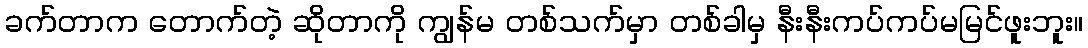
ခက်တာက တောက်တဲ့ ဆိုတာကို ကျွန်မ တစ်သက်မှာ တစ်ခါမှ နီးနီးကပ်ကပ်မမြင်ဖူးဘူး။